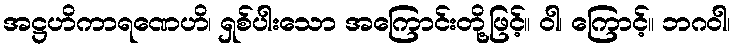
အဋ္ဌဟိကာရဏေဟိ၊ ရှစ်ပါးသော အကြောင်းတို့ဖြင့်။ ဝါ၊ ကြောင့်။ ဘဂဝါ၊